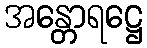
အန္တောရဋ္ဌေ